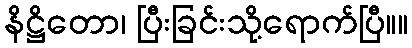
နိဋ္ဌိတော၊ ပြီးခြင်းသို့ရောက်ပြီ။။